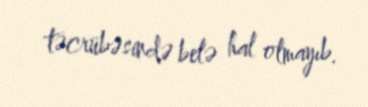
təcrübəsində belə hal olmayıb.